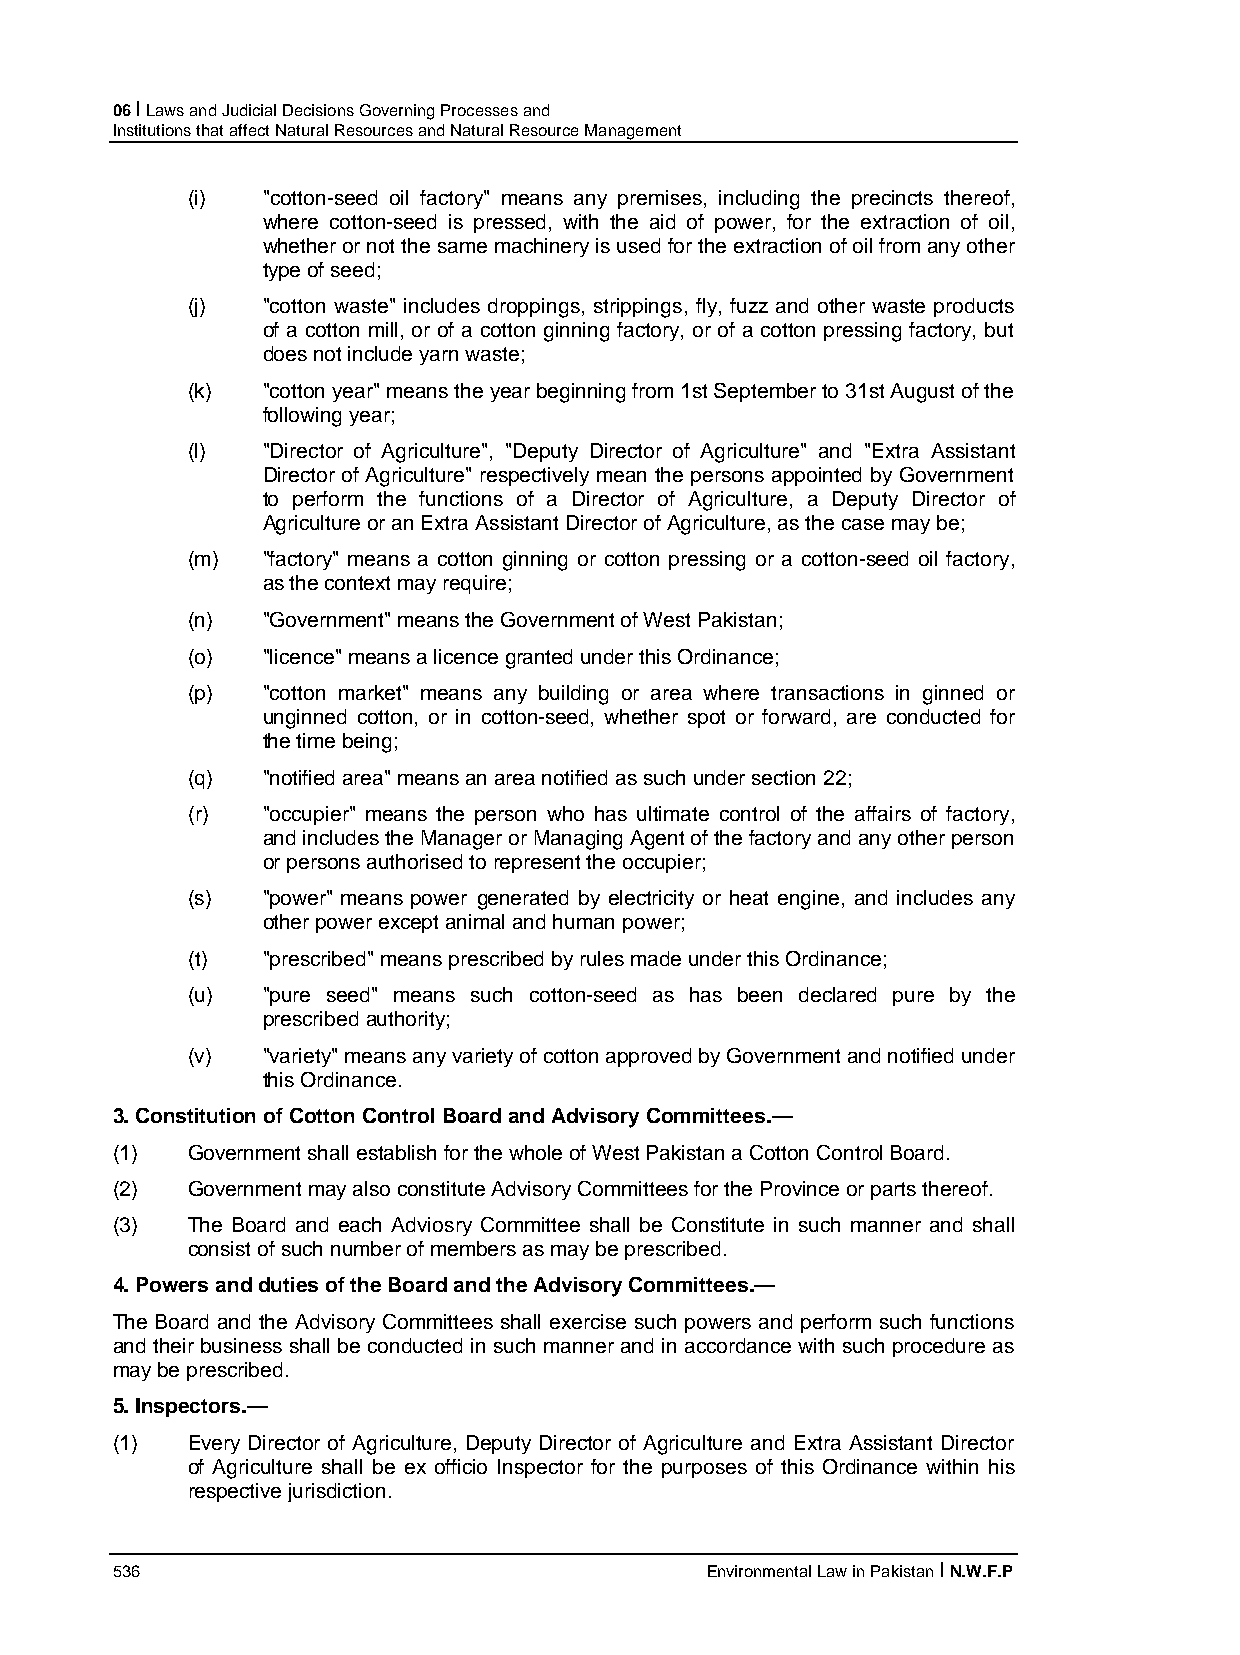
06 I Laws and Judicial Decisions Governing Processes and
 Institutions that affect Natural Resources and Natural Resource Management
 (i)  "cotton-seed oil factory" means any premises, including the precincts thereof,
 where cotton-seed is pressed, with the aid of power, for the extraction of oil,
 whether or not the same machinery is used for the extraction of oil from any other
 type of seed;
 (j)  "cotton waste" includes droppings, strippings, fly, fuzz and other waste products
 of a cotton mill, or of a cotton ginning factory, or of a cotton pressing factory, but
 does not include yarn waste;
 (k)  "cotton year" means the year beginning from 1st September to 31st August of the
 following year;
 (l)  "Director of Agriculture", "Deputy Director of Agriculture" and "Extra Assistant
 Director of Agriculture" respectively mean the persons appointed by Government
 to perform the functions of a Director of Agriculture, a Deputy Director of
 Agriculture or an Extra Assistant Director of Agriculture, as the case may be;
 (m)  "factory" means a cotton ginning or cotton pressing or a cotton-seed oil factory,
 as the context may require;
 (n)  "Government" means the Government of West Pakistan;
 (o)  "licence" means a licence granted under this Ordinance;
 (p)  "cotton market" means any building or area where transactions in ginned or
 unginned cotton, or in cotton-seed, whether spot or forward, are conducted for
 the time being;
 (q)  "notified area" means an area notified as such under section 22;
 (r)  "occupier" means the person who has ultimate control of the affairs of factory,
 and includes the Manager or Managing Agent of the factory and any other person
 or persons authorised to represent the occupier;
 (s)  "power" means power generated by electricity or heat engine, and includes any
 other power except animal and human power;
 (t)  "prescribed" means prescribed by rules made under this Ordinance;
 (u)  "pure seed" means such cotton-seed as has been declared pure by the
 prescribed authority;
 (v)  "variety" means any variety of cotton approved by Government and notified under
 this Ordinance.
 3. Constitution of Cotton Control Board and Advisory Committees.—
 (1)  Government shall establish for the whole of West Pakistan a Cotton Control Board.
 (2)  Government may also constitute Advisory Committees for the Province or parts thereof.
 (3)  The Board and each Adviosry Committee shall be Constitute in such manner and shall
 consist of such number of members as may be prescribed.
 4. Powers and duties of the Board and the Advisory Committees.—
 The Board and the Advisory Committees shall exercise such powers and perform such functions
 and their business shall be conducted in such manner and in accordance with such procedure as
 may be prescribed.
 5. Inspectors.—
 (1)  Every Director of Agriculture, Deputy Director of Agriculture and Extra Assistant Director
 of Agriculture shall be ex officio Inspector for the purposes of this Ordinance within his
 respective jurisdiction.
 536                                     Environmental Law in Pakistan I N.W.F.P